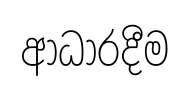
ආධාරදීම